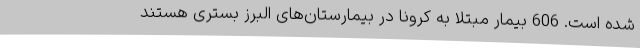
شده است. 606 بیمار مبتلا به کرونا در بیمارستان‌های البرز بستری هستند